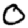
Digit: 0